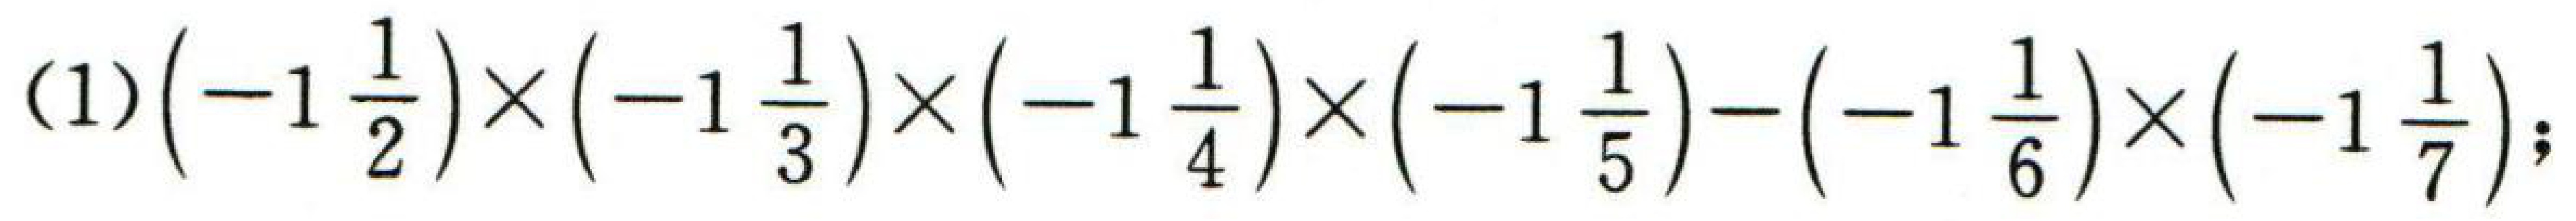
\((1)\left(-1\frac{1}{2}\right)\times\left(-1\frac{1}{3}\right)\times\left(-1\frac{1}{4}\right)\times\left(-1\frac{1}{5}\right)-\left(-1\frac{1}{6}\right)\times\left(-1\frac{1}{7}\right);\)